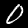
Label: 0